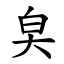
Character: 㚖